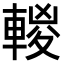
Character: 𨍈